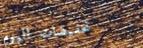
تخفيضات اليوم